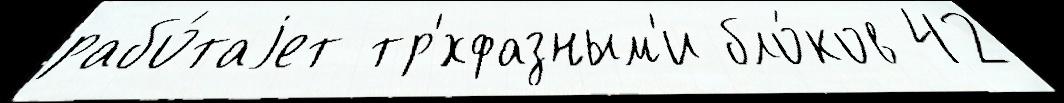
рабо́таjет тр'́хфазным'и бло́ков 42